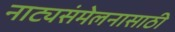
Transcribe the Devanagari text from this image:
नाट्यसंमेलनासाठी